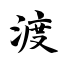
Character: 渡